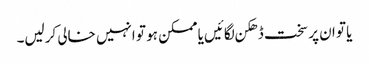
یا تو ان پر سخت ڈھکن لگائیں یا ممکن ہو تو انہیں خالی کرلیں۔